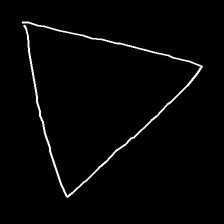
Glyph: convergence